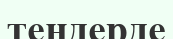
тендерде